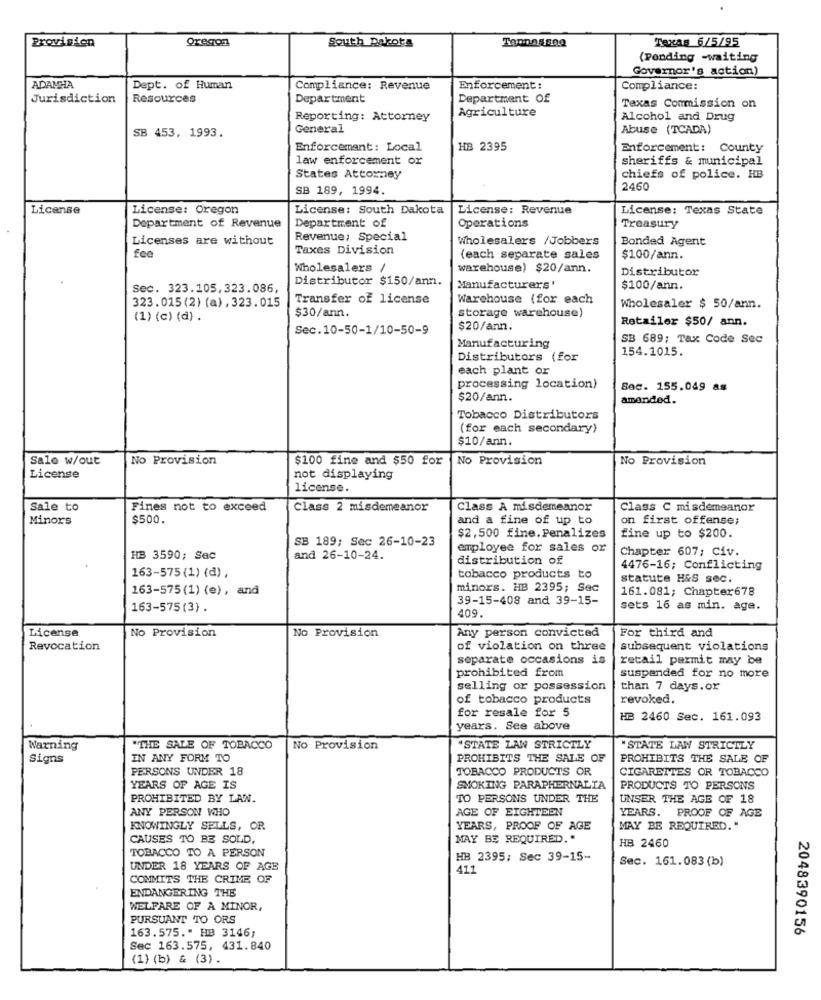
Provision
Oregon
South Dakota
Texas 6/5/95
(Pending -waiting
Governor's action)
ADAMHA
Dept. of Human
Compliance: Revenue
Enforcement:
Compliance:
Jurisdiction
Resources
Department
Department Of
Agriculture
Taxas Commission on
Reporting: Attorney
Alcohol and Drug
SB 453, 1993.
General
Abuse (TCADA)
Enforcement: Local
HB 2395
Enforcement: County
law enforcement or
sheriffs & municipal
States Attorney
chiefs of police. HB
SB 189, 1994.
2460
License
License: Oregon
License: South Dakota
License: Revenue
License: Texas State
Operations
Department of Revenue
Department of
Treasury
Licenses are without
Revenue: Special
Wholesalers /Jobbers
Bonded Agent
fee
Taxes Division
(each separate sales
$100/ann.
Wholesalers /
warehouse) $20/ann.
Distributor
Distributor $150/ann.
Sec. 323.105,323.086,
Manufacturers'
$100/ann.
323.015(2) (a), 323.015
Transfer of license
Warehouse (for each
storage warehouse)
Wholesaler $ 50/ann.
(1) (c) (d) .
$30/ann.
Retailer $50/ ann.
Sec.10-50-1/10-50-9
$20/ann.
SB 689; Tax Code Sec
Manufacturing
154.1015.
Distributors (for
each plant or
processing location)
Sec. 155.049 as
$20/ann.
amended.
Tobacco Distributors
(for each secondary)
$10/ann.
Sale w/out
No Provision
$100 fine and $50 for
No Provision
No Provision
License
not displaying
license.
Sale to
Fines not to exceed
Class 2 misdemeanor
Class A misdemeanor
Class C misdemeanor
Minors
$500.
and a fine of up to
on first offense;
SB 189; Sec 26-10-23
$2,500 fine. Penalizes
fine up to $200.
employee for sales or
Chapter 607; Civ.
HB 3590; Sec
and 26-10-24.
distribution of
4476-16; Conflicting
163-575 (1) (d),
tobacco products to
statute H&S sec.
163-575(1) (e), and
minors. HB 2395; Sec
161.081; Chapter678
39-15-408 and 39-15-
163-575(3) .
sets 16 as min. age.
409
License
No Provision
For third and
No Provision
Any person convicted
Revocation
of violation on three
subsequent violations
separate occasions is
retail permit may be
prohibited from
suspended for no more
selling or possession
than 7 days.or
of tobacco products
revoked.
for resale for 5
HB 2460 Sec. 161.093
years. See above
Warning
"THE SALE OF TOBACCO
No Provision
*STATE LAW STRICTLY
"STATE LAW STRICTLY
Signs
IN ANY FORM TO
PROHIBITS THE SALE OF
PROHIBITS THE SALE OF
PERSONS UNDER 18
TOBACCO PRODUCTS OR
CIGARETTES OR TOBACCO
YEARS OF AGE IS
SMOKING PARAPHERNALIA
PRODUCTS TO PERSONS
PROHIBITED BY LAN.
TO PERSONS UNDER THE
UNSER THE AGE OF 18
ANY PERSON WHO
AGE OF EIGHTEEN
YEARS. PROOF OF AGE
KNOWINGLY SELLS, OR
YEARS, PROOF OF AGE
MAY BE REQUIRED. "
CAUSES TO BE SOLD,
MAY BE REQUIRED."
HB 2460
TOBACCO TO A PERSON
HB 2395; Sec 39-15-
Sec. 161.083 (b)
UNDER 18 YEARS OF AGE
411
COMMITS THE CRIME OF
ENDANGERING THE
WELFARE OF A MINOR,
PURSUANT TO ORS
2048390156
163.575." HB 3146;
Sec 163.575, 431.840
(1) (b) & (3).